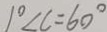
1 ^ { \circ } \angle C = 6 0 ^ { \circ }